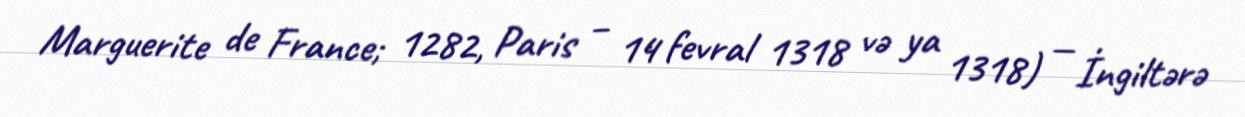
Marguerite de France; 1282, Paris – 14 fevral 1318 və ya 1318) — İngiltərə